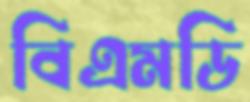
বিএমডি